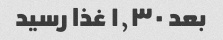
بعد ۱٫۳۰ غذا رسید